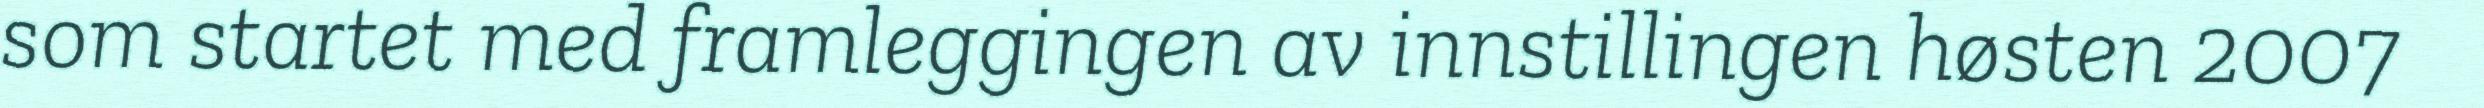
som startet med framleggingen av innstillingen høsten 2007